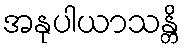
အနုပါယာသန္တိ